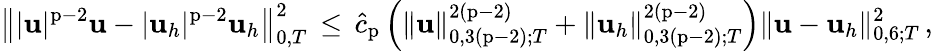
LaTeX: \big\| |\mathbf{u}|^{\mathrm{p}-2}\mathbf{u}-|\mathbf{u}_{h}|^{\mathrm{p}-2}\mathbf{u}_{h}\big\| _{0,T}^{2}\, \leq\, \widehat{c}_{\mathrm{p}}\, \Big(\| \mathbf{u}\| _{0,3(\mathrm{p}-2);T}^{2(\mathrm{p}-2)}+\| \mathbf{u}_{h}\| _{0,3(\mathrm{p}-2);T}^{2(\mathrm{p}-2)}\Big)\| \mathbf{u}-\mathbf{u}_{h}\| _{0,6;T}^{2}\, ,